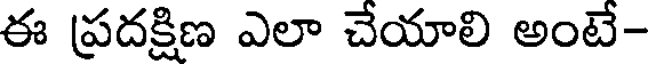
ఈ ప్రదక్షిణ ఎలా చేయాలి అంటే-